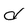
Character: d